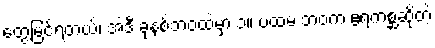
တွေ့မြင်ရတယ်၊ အဲဒီ ခုနစ်ဘဝထဲမှာ ၁။ ပထမ ဘဝက ဧရကစ္ဆဆိုတဲ့